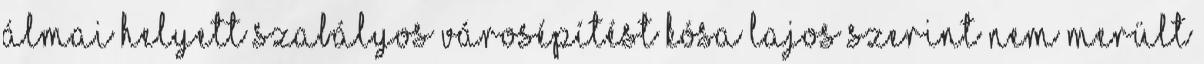
álmai helyett szabályos városépítést Kósa Lajos szerint nem merült